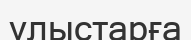
ұлыстарға